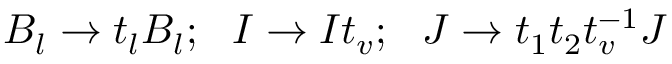
B _ { l } \rightarrow t _ { l } B _ { l } ; \, \, \, \, I \rightarrow I t _ { v } ; \, \, \, \, J \rightarrow t _ { 1 } t _ { 2 } t _ { v } ^ { - 1 } J